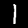
Label: 1